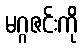
မဂ္ဂဇင်းကို